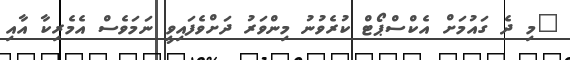
"މި ދެ ގައުމަށް އެކްސްޕޯޓް ކުރެވުނު މިންވަރު ދަށްވެފައިވީ ނަމަވެސް އެމެރިކާ އާއި